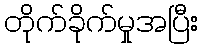
တိုက်ခိုက်မှုအပြီး